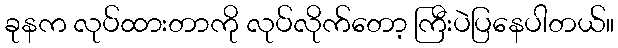
ခုနက လုပ်ထားတာကို လုပ်လိုက်တော့ ကြီးပဲပြနေပါတယ်။